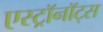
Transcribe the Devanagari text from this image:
एस्ट्राॅनाॅट्स